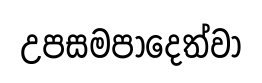
උපසමපාදෙත්වා